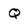
Character: Q